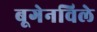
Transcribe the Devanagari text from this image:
बूगेनविले